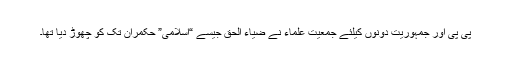
پی پی اور جمہوریت دونوں کیلئے جمعیتِ علماء نے ضیاء الحق جیسے “اسلامی” حکمران تک کو چھوڑ دیا تھا۔